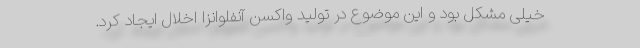
خیلی مشکل بود و این موضوع در تولید واکسن آنفلوانزا اخلال ایجاد کرد.